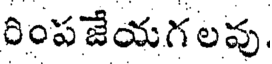
రింపజేయగలవు